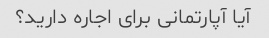
آیا آپارتمانی برای اجاره دارید؟